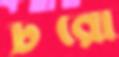
টরো